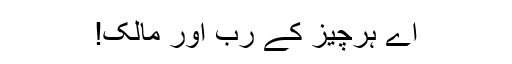
اے ہرچیز کے رب اور مالک!